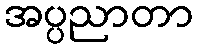
အပ္ပညာတာ